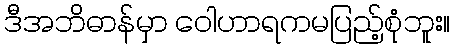
ဒီအဘိဓာန်မှာ ဝေါဟာရကမပြည့်စုံဘူး။